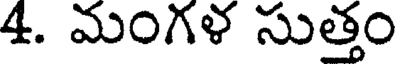
4. మంగళ సుత్తం